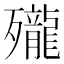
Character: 𪚗